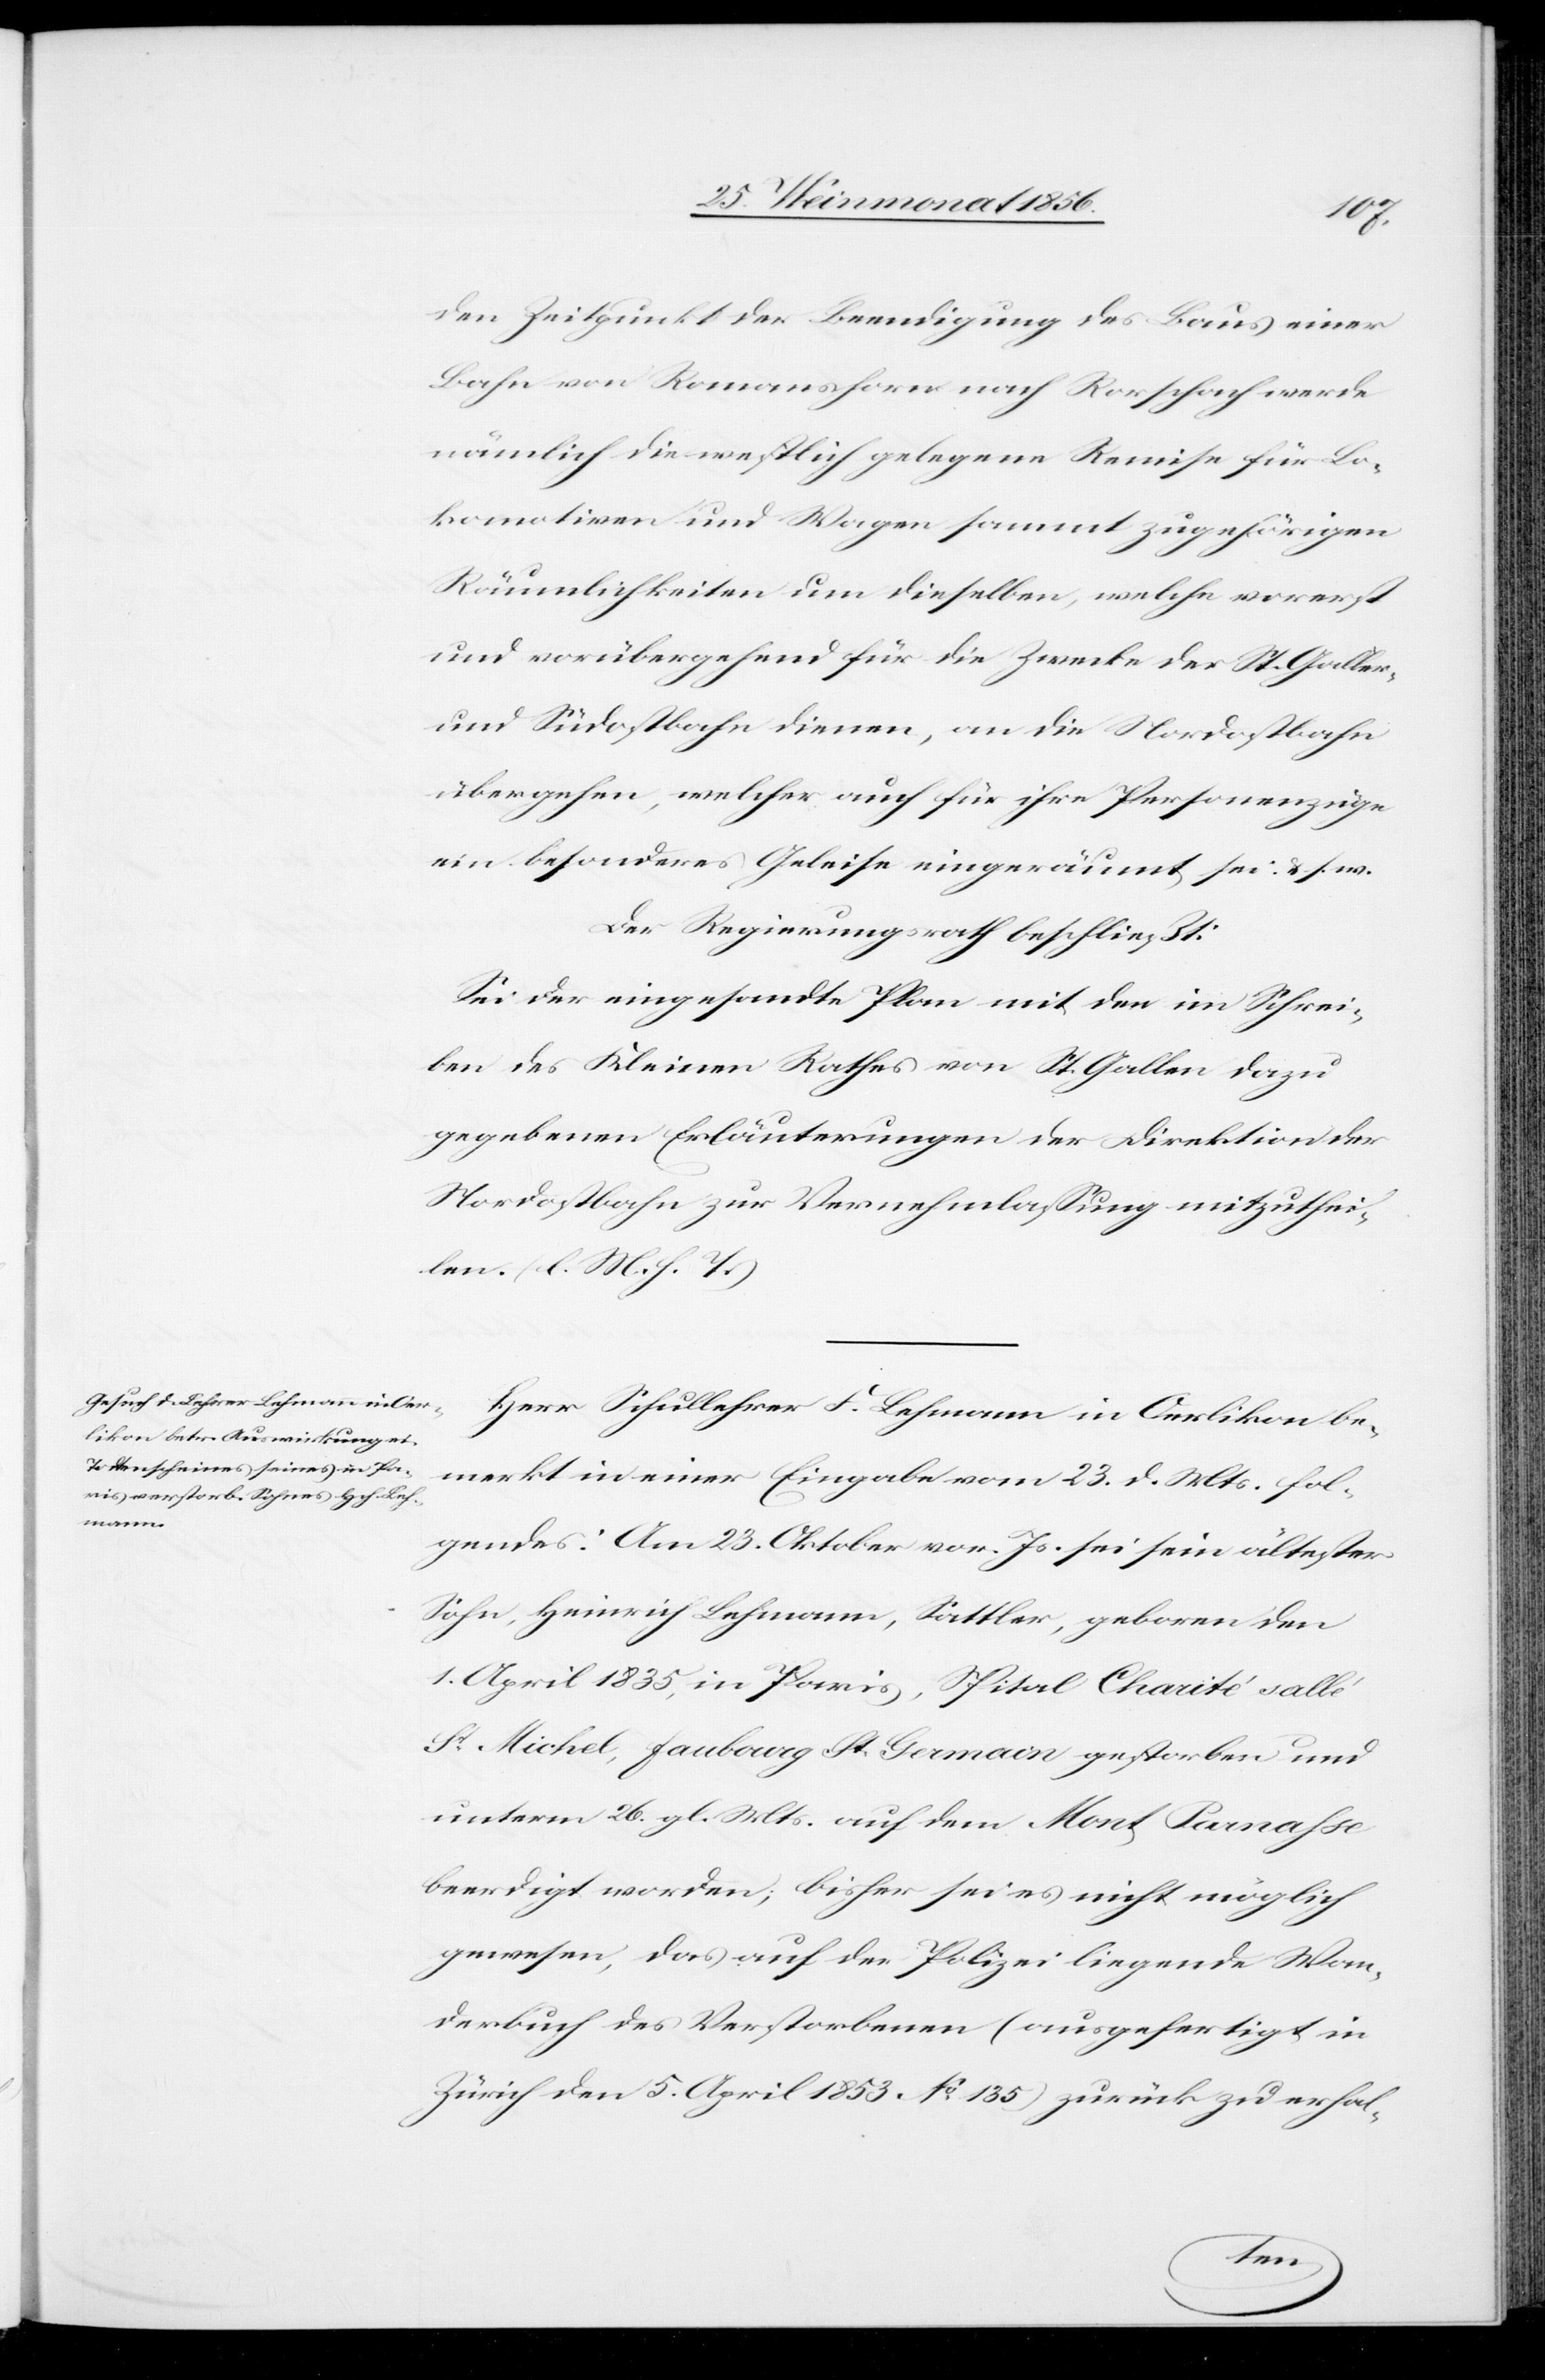
den Zeitpunkt der Beendigung des Baus einer
Bahn von Romanshorn nach Rorschach werde
nämlich die westlich gelegene Remise für Lo¬
komotiven und Wagen sammt zugehörigen
Räumlichkeiten um dieselben, welche vorerst
und vorübergehend für die Zwecke der St. Galler-
und Südostbahn dienen, an die Nordostbahn
übergehen, welcher auch für ihre Personenzüge
ein besonderes Geleise eingeräumt sei. & s. w.
Der Regierungsrath beschließt:
Sei der eingesandte Plan mit den im Schrei¬
ben des Kleinen Rathes von St. Gallen dazu
gegebenen Erläuterungen der Direktion der
Nordostbahn zur Vernehmlassung mitzuthei¬
len. (l. M. h. T.)
Herr Schullehrer F. Lehmann in Oerlikon be¬
merkt in einer Eingabe vom 23. d. Mts. fol¬
gendes: Am 23. Oktober vor. Js. sei sein ältester
Sohn, Heinrich Lehmann, Sattler, geboren den
1. April 1835, in Paris, Spital Charité sallé
St Michel, Faubourg St. Germain gestorben und
unterm 26. gl. Mts. auf dem Mont Parnasse
beerdigt worden; bisher sei es nicht möglich
gewesen, das auf der Polizei liegende Wan¬
derbuch des Verstorbenen (ausgefertigt in
Zürich den 5. April 1853 No 135) zurück zu erhal-